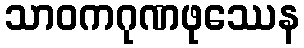
သာဝကဂုဏဖုဿေန